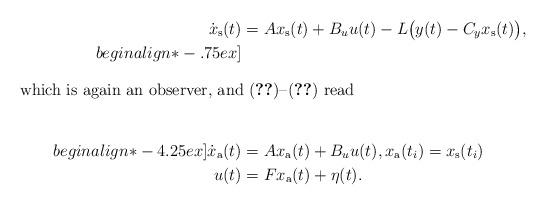
LaTeX: \begin{align*} \dot x_\text s(t)&=Ax_\text s(t)+B_uu(t)-L\bigl(y(t)-C_yx_\text s(t)\bigr), \\begin{align*}-.75ex]\intertext{\smash{which is again an observer, and \eqref{eq:Ksd:a}--\eqref{eq:Ksd:s2a} read}} \\begin{align*}-4.25ex] \dot x_\text a(t)&=Ax_\text a(t)+B_uu(t),x_\text a(t_i)=x_\text s(t_i) \\ u(t)&=Fx_\text a(t)+\eta(t). \end{align*}